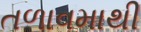
તળાવમાથી